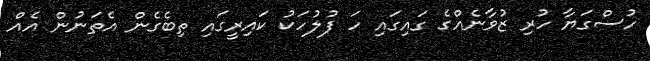
ހުސްގަޔާ ހުރި ޒުވާނެއްގެ ގައިގައި ހަ ފުލުހަކު ކައިރީގައި ތިބެގެން އެތަނުން އެއް